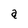
Character: a